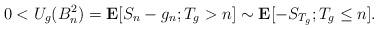
LaTeX: \begin{align*}0<U_g(B_n^2)=\mathbf{E}[S_n-g_n;T_g> n]\sim\mathbf{E}[-S_{T_g};T_g\le n].\end{align*}